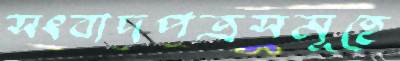
সংবাদপত্রসমূহে